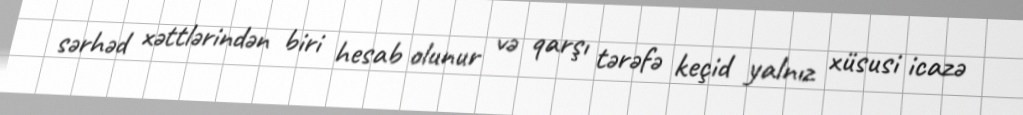
sərhəd xəttlərindən biri hesab olunur və qarşı tərəfə keçid yalnız xüsusi icazə